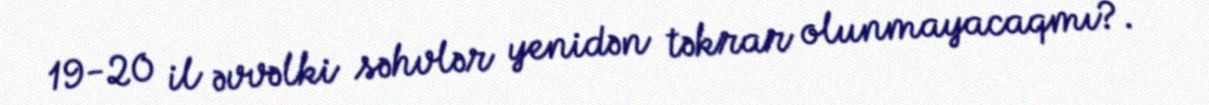
19-20 il əvvəlki səhvlər yenidən təkrar olunmayacaqmı?.